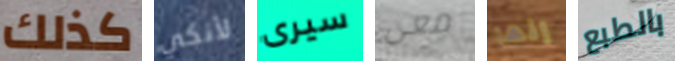
كذلك لأنكي سيرى معي إنها بالطبع